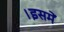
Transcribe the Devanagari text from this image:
।इसमें